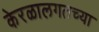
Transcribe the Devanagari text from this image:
केरळालगतच्या